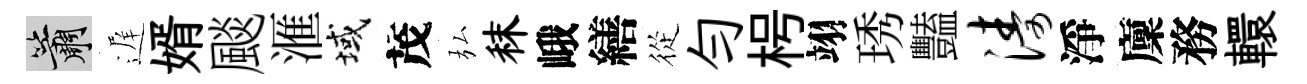
簫遅婿颷滙域茂弘秣峨繕從勻枵翊琇豔涛淨廩務轘